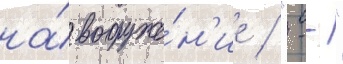
на́ вооруже́н'ие / "--"